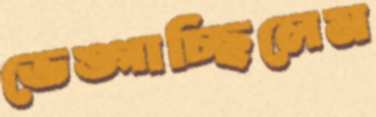
ভেঙ্গাচ্ছিলেম